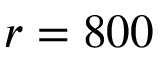
r = 8 0 0